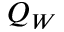
Q _ { W }